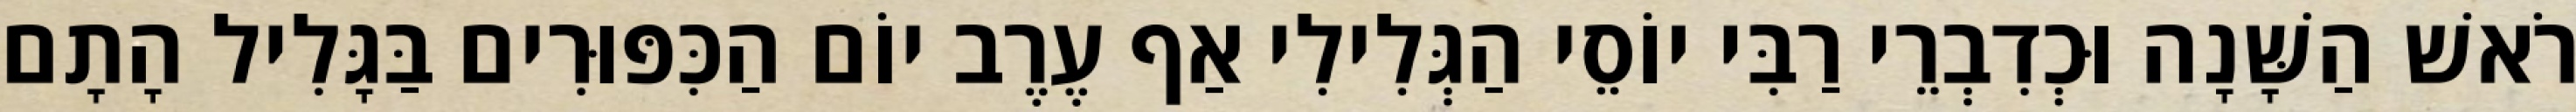
רֹאשׁ הַשָּׁנָה וּכְדִבְרֵי רַבִּי יוֹסֵי הַגְּלִילִי אַף עֶרֶב יוֹם הַכִּפּוּרִים בַּגָּלִיל הָתָם